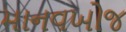
માનવખોજ